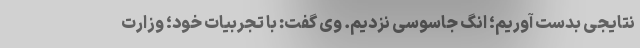
نتایجی بدست آوریم؛ اَنگ جاسوسی نزدیم. وی گفت: با تجربیات خود؛ وزارت